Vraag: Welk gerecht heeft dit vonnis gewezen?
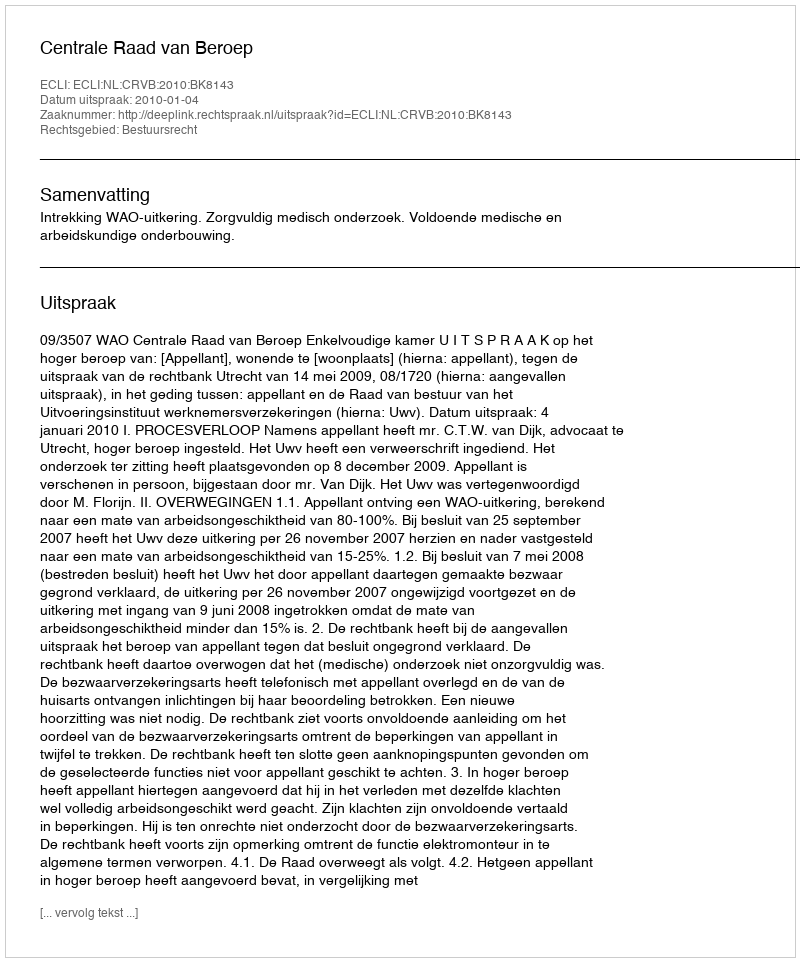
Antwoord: Centrale Raad van Beroep